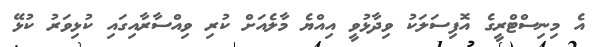
އެ މިނިސްޓްރީގެ އޮފިސަލަކު ވިދާޅުވީ އިއްޔެ މާލެއަށް ކުރި ވިއްސާރާއިގައި ކުޅިވަރު ކުޅޭ